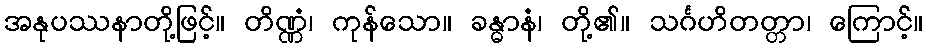
အနုပဿနာတို့ဖြင့်။ တိဏ္ဏံ၊ ကုန်သော။ ခန္ဓာနံ၊ တို့၏။ သင်္ဂဟိတတ္တာ၊ ကြောင့်။